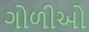
ગોળીઓ